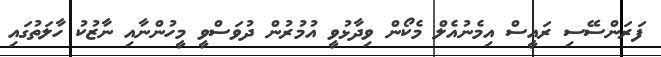
ފަރަންސޭސި ރައީސް އިމެނުއެލް މެކޯން ވިދާޅުވީ އުމުރުން ދުވަސްވީ މީހުންނާއި ނާޒުކު ހާލަތުގައި